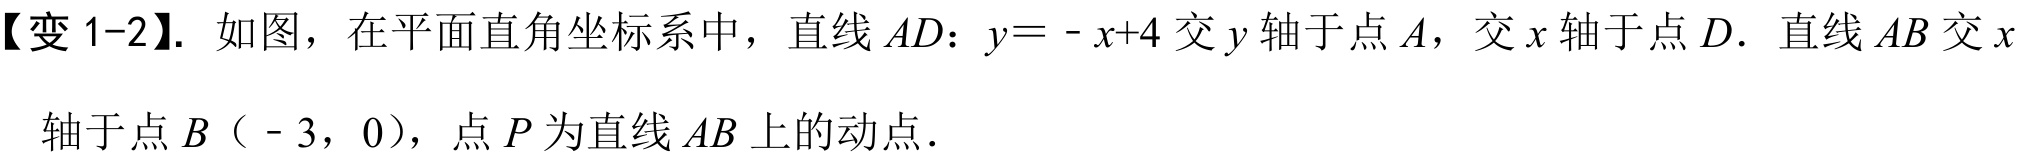
【变 1-2】. 如图，在平面直角坐标系中，直线 \(AD\)：\(y = -x + 4\) 交 \(y\) 轴于点 \(A\)，交 \(x\) 轴于点 \(D\). 直线 \(AB\) 交 \(x\) 轴于点 \(B（ - 3,0）\)，点 \(P\) 为直线 \(AB\) 上的动点.